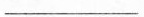
_________